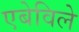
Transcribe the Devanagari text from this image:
एबेविले